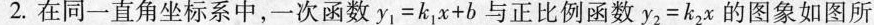
2.在同一直角坐标系中，一次函数$$y _ { 1 } = k _ { 1 } x + b$$与正比例函数$$y _ { 2 } = k _ { 2 } x$$的图象如图所